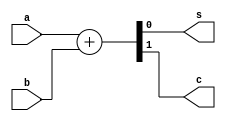
module Adder #(parameter bits = 1) (
  input [(bits-1):0] a,
  input [(bits-1):0] b,
  output [(bits-1):0] s,
  output c
);
   wire [bits:0] temp;
   assign temp = a + b;
   assign s = temp [(bits-1):0];
   assign c = temp[bits];
endmodule

module Subtractor #(parameter bits = 1) (
    input [(bits-1):0] a,
    input [(bits-1):0] b,
    output [(bits-1):0] d,
    output c
);
    wire [bits:0] temp;
    assign temp = a - b;
    assign d = temp[(bits-1):0];
    assign c = temp[bits];
endmodule

module ROM #(parameter file = "") (
  input [8:0] address,
  output [15:0] data
);
  reg [15:0] memory [0:511];  
  assign data = memory[address];

  initial
    $readmemh(file, memory); 
endmodule

module Multiplier (
  input [7:0] a,
  input [7:0] b,
  output [15:0] p
);
  wire [7:0] adder_s;
  wire adder_c;
  Adder #(.bits(8)) adder (
    .a(a),
    .b(b),
    .s(adder_s),
    .c(adder_c)
  );
  
  wire [7:0] subtractor_d;
  wire subtractor_c;    
  Subtractor #(.bits(8)) subtractor (
    .a(a),
    .b(b),
    .d(subtractor_d),
    .c(subtractor_c)
  );
  
  wire [8:0] rom1_address;  
  assign rom1_address[7:0] = adder_s[7:0];
  assign rom1_address[8] = adder_c;
  
  wire [8:0] rom2_address;  
  assign rom2_address[7:0] = subtractor_d[7:0];
  assign rom2_address[8] = subtractor_c;

  wire [15:0] rom1_data;
  ROM #(.file("rom1.hex")) rom1 (
    .address(rom1_address),
    .data(rom1_data)
  );  

  wire [15:0] rom2_data;
  ROM #(.file("rom2.hex")) rom2 (
    .address(rom2_address),
    .data(rom2_data)
  );
  
  Subtractor #(.bits(16)) final_subtractor (
    .a(rom1_data),
    .b(rom2_data),
    .d(p)
  );
endmodule